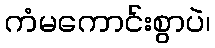
ကံမကောင်းစွာပဲ၊